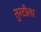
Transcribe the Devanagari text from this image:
तुरटीला